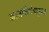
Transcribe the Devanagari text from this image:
कालनिर्णयानुसार